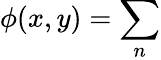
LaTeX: \phi(x,y)=\sum_{n}